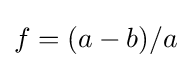
f=(a-b)/a